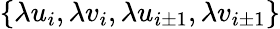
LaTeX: \{ \lambda u_{i},\lambda v_{i},\lambda u_{i\pm 1},\lambda v_{i\pm 1}\}